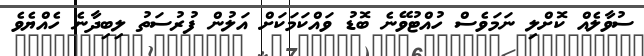
ސުވާލެއް ކޮށްލި ނަމަވެސް ހުއްޓުވޭނެ ބޮޑު ވައްކަމަކަށް އަލުން ފުރުސަތު ލިބިދާނެ ހެއްޔެވެ